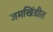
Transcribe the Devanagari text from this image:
जमखिंडीत